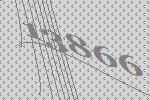
13866